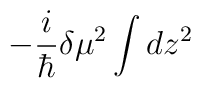
-\frac{i}{\hbar }\delta \mu ^{2}\int dz^{2}